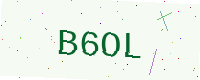
Text: B6OL